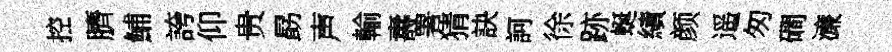
控臍鯆誇仰贵勗声輸夀署猜訣訶徐跡蜒績颜遥匆磵濓